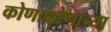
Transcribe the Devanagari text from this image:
कोणाकोणाच्या